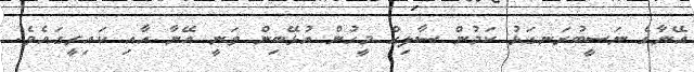
އޭނާގެ ނަސީބުރަނގަޅު ކަމުން ސާލިޙް މީހުން އުޅޭބިން ވަނީ އޭނާ އާއި ކައިރީގައެވެ.